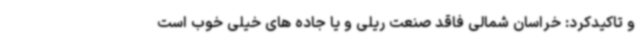
و تاکیدکرد: خراسان شمالی فاقد صنعت ریلی و یا جاده های خیلی خوب است